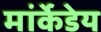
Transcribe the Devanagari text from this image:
मांर्केडेय